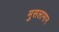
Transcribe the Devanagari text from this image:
मुसलामान